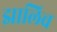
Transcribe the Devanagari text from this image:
झालिच